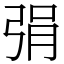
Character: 弲